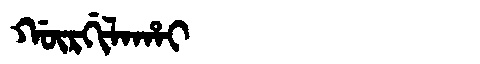
Manchu: ᡤᡡᡵᡤᡳᠯᠠᡥᠠᡳ
Romanization: GŪRGILAHAI